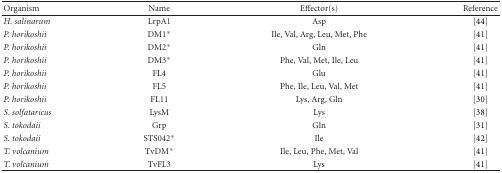
<table><thead><tr><td><b>Organism</b></td><td><b>Name</b></td><td><b>Effector(s)</b></td><td><b>Reference</b></td></tr></thead><tbody><tr><td><i>H. salinarum </i></td><td>LrpA1</td><td>Asp</td><td>[44]</td></tr><tr><td><i>P. horikoshii</i></td><td>DM1*</td><td>Ile, Val, Arg, Leu, Met, Phe</td><td>[41]</td></tr><tr><td><i>P. horikoshii</i></td><td>DM2*</td><td>Gln</td><td>[41]</td></tr><tr><td><i>P. horikoshii</i></td><td>DM3*</td><td>Phe, Val, Met, Ile, Leu</td><td>[41]</td></tr><tr><td><i>P. horikoshii</i></td><td>FL4</td><td>Glu</td><td>[41]</td></tr><tr><td><i>P. horikoshii</i></td><td>FL5</td><td>Phe, Ile, Leu, Val, Met</td><td>[41]</td></tr><tr><td><i>P. horikoshii</i></td><td>FL11</td><td>Lys, Arg, Gln</td><td>[30]</td></tr><tr><td><i>S. solfataricus </i></td><td>LysM</td><td>Lys</td><td>[38]</td></tr><tr><td><i>S. tokodaii</i></td><td>Grp</td><td>Gln</td><td>[31]</td></tr><tr><td><i>S. tokodaii </i></td><td>STS042*</td><td>Ile</td><td>[42]</td></tr><tr><td><i>T. volcanium</i></td><td>TvDM*</td><td>Ile, Leu, Phe, Met, Val</td><td>[41]</td></tr><tr><td><i>T. volcanium</i></td><td>TvFL3</td><td>Lys</td><td>[41]</td></tr></tbody></table>